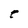
Character: r